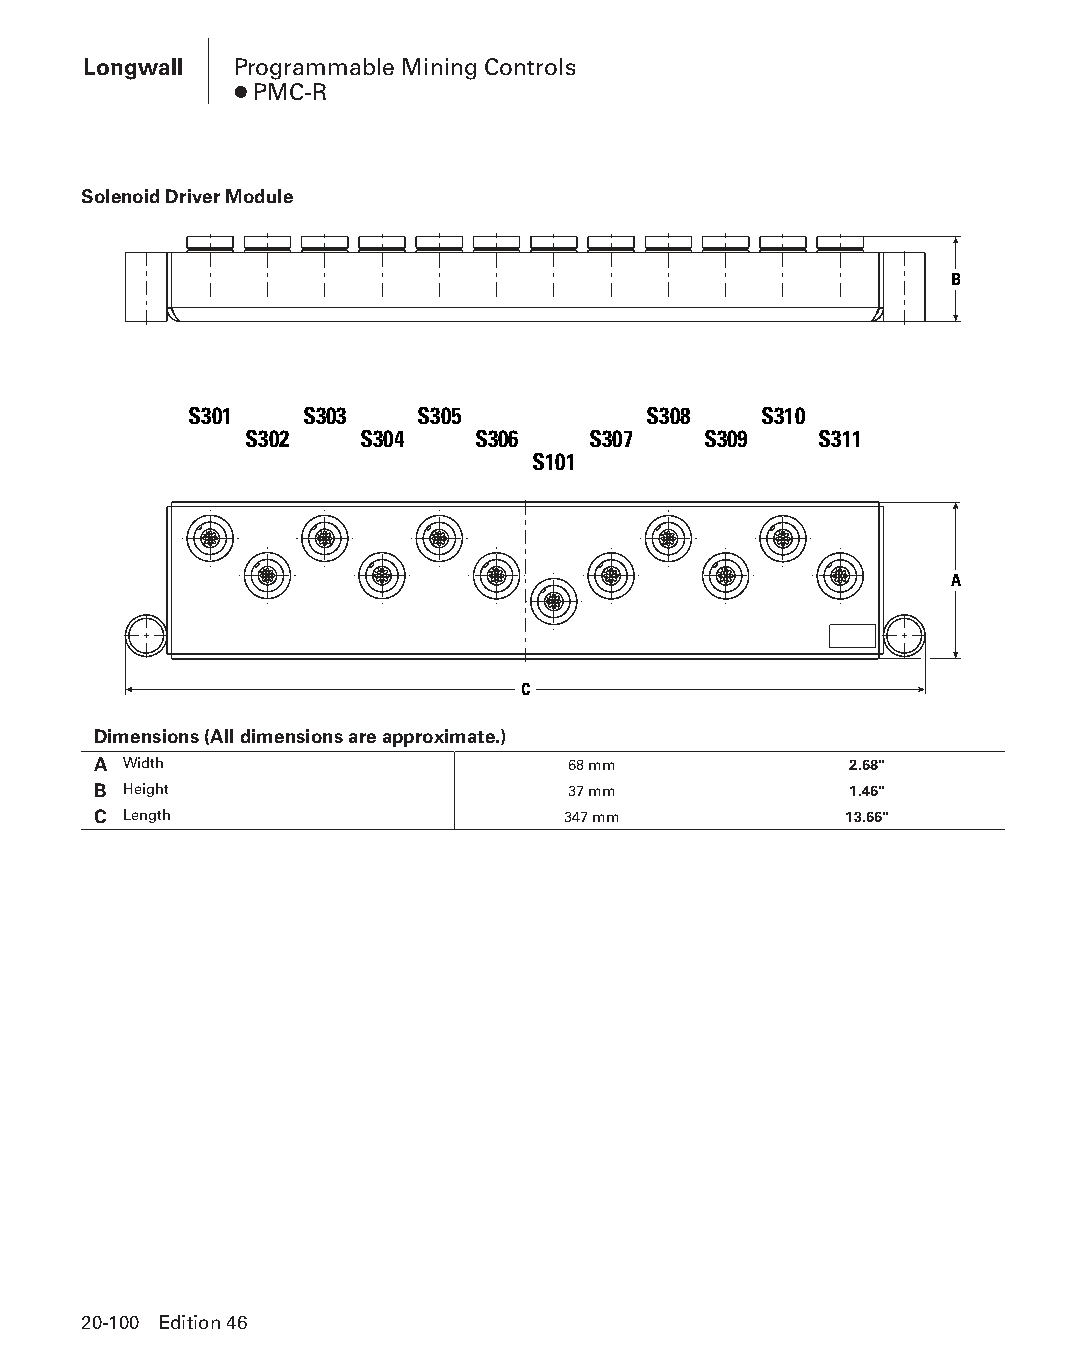
Longwall  Programmable Mining Controls
 ● PMC-R
 Solenoid Driver Module
 B
 S301   S303    S305           S308    S310
 S302   S304    S306   S307    S309    S311
 S101
 A
 C
 Dimensions (All dimensions are approximate.)
 A Width                        68 mm              2.68"
 B Height                       37 mm              1.46"
 C Length                       347 mm            13.66"
 20-100 Edition 46
 PPHHBB--SSeecc2200--LLoonnggwwaallll((ppgg002255--112200))..iinndddd 110000 1122//44//1155 1111::0022 AAMM